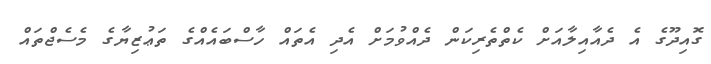
ގޮއިދޫގެ އެ ދެއާއިލާއަށް ކެތްތެރިކަން ދެއްވުމަށް އެދި އެތައް ހާސްބައެއްގެ ތަޢުޒިޔާގެ މެސެޖްތައް